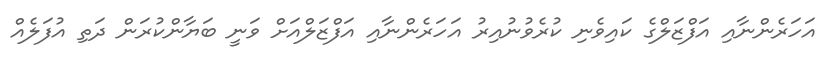
އަހަރެންނާއި އަފްޒަލްގެ ކައިވެނި ކުރެވުނުއިރު އަހަރެންނާއި އަފްޒަލްއަށް ވަނީ ބަޔާންކުރަން ދަތި އުފަލެއް